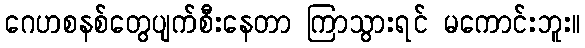
ဂေဟစနစ်တွေပျက်စီးနေတာ ကြာသွားရင် မကောင်းဘူး။